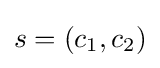
\textstyle s=(c_{1},c_{2})